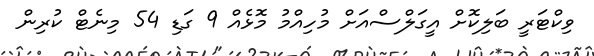
ވިކްޓަރީ ބަލިކޮށް އީގަލްސްއަށް މުހިއްމު މޮޅެއް 9 ގަޑި 54 މިނެޓް ކުރިން